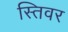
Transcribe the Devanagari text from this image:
स्तिवर